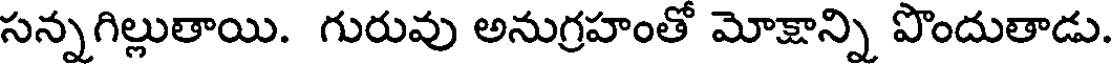
సన్నగిల్లుతాయి. గురువు అనుగ్రహంతో మోక్షాన్ని పొందుతాడు.